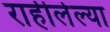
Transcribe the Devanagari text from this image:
राहीलेल्या